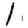
Digit: 1